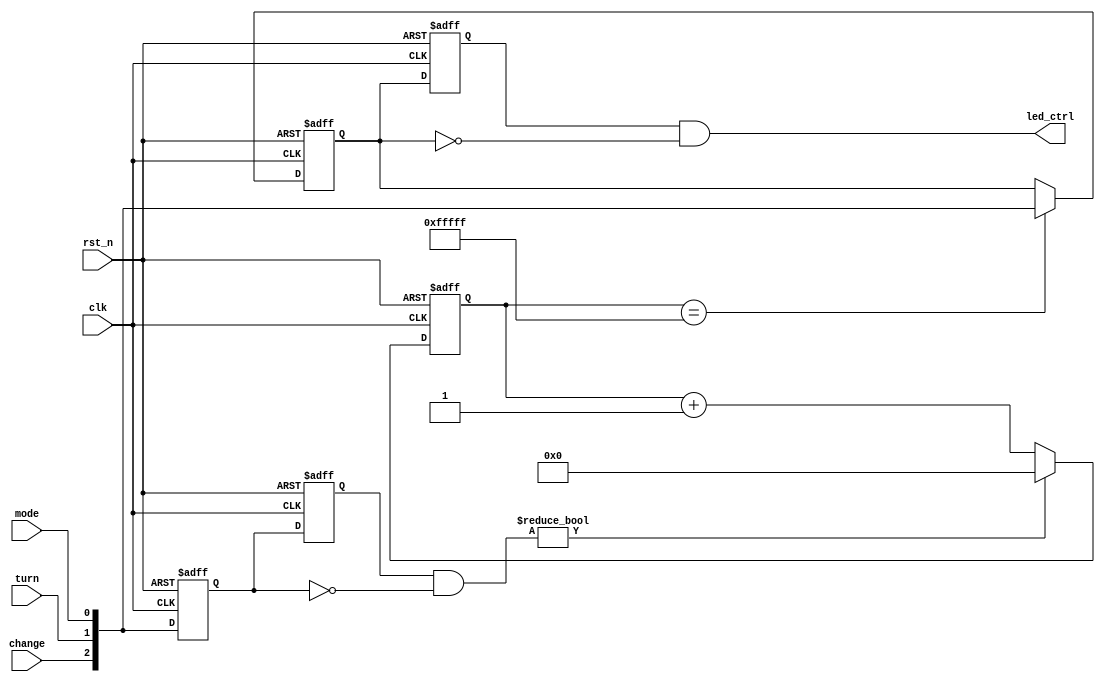
`timescale 1ns / 1ps
module sw_debounce(
    		clk,rst_n,
			mode,turn,change,led_ctrl
    		);

input   clk;	//50MHz
input   rst_n;	//
input   mode,turn,change; 	//
output[2:0] led_ctrl;

//---------------------------------------------------------------------------
reg[2:0] key_rst;  

always @(posedge clk  or negedge rst_n)
    if (!rst_n) key_rst <= 3'b111;
    else key_rst <= {change,turn,mode};

reg[2:0] key_rst_r;       // low_sw  low_sw_r 
always @ ( posedge clk  or negedge rst_n )
    if (!rst_n) key_rst_r <= 3'b111;
    else key_rst_r <= key_rst;
   
// key_rst  1  0 led_an 
wire[2:0] key_an;
assign key_an = key_rst_r & (~key_rst);

//---------------------------------------------------------------------------
reg[19:0]  cnt;	//

always @ (posedge clk  or negedge rst_n)
    if (!rst_n) cnt <= 20'd0;	//
	else if(key_an) cnt <=20'd0;
    else cnt <= cnt + 1'b1;
  
reg[2:0] low_sw;

always @(posedge clk  or negedge rst_n)
    if (!rst_n) low_sw <= 3'b111;
    else if (cnt == 20'hfffff) 	// 20ms low_sw  cnt == 20'hfffff
      low_sw <= {change,turn,mode};   //20ms
      
//---------------------------------------------------------------------------
reg  [2:0] low_sw_r;       // low_sw  low_sw_r 

always @ ( posedge clk  or negedge rst_n )
    if (!rst_n) low_sw_r <= 3'b111;
    else low_sw_r <= low_sw;
/*
low_sw		111 111 111 110 110 110  
~low_sw     000 000 000 001 001 001
low_sw_r        111 111 111 110 110 110

led_ctrl	000 000 000 001 000 000 
   */
// low_sw  1  0 led_ctrl 
wire[2:0] led_ctrl;
assign led_ctrl = low_sw_r[2:0] & ( ~low_sw[2:0]);

endmodule